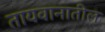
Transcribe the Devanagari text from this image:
तायवानातील